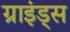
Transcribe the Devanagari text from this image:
ग्राइंड्स